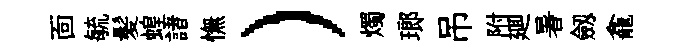
靣毓髪蝗諸憮）燭瑯吊附廽暑劔龕